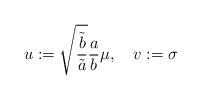
LaTeX: \begin{align*}u := \sqrt{ \frac{\tilde{b}}{\tilde{a}}} \frac{a}{b} \mu, ~~~ v := \sigma\end{align*}